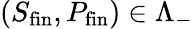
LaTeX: (S_{\mathrm{fin}},P_{\mathrm{fin}})\in\Lambda_{-}